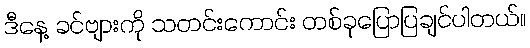
ဒီနေ့ ခင်ဗျားကို သတင်းကောင်း တစ်ခုပြောပြချင်ပါတယ်။